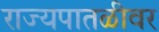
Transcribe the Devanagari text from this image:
राज्यपातळीवर